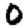
Digit: 0